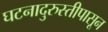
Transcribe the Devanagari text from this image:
घटनादुरुस्तीपासून